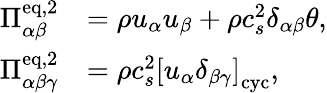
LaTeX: \begin{array}{rl}{\Pi_{\alpha\beta}^{\mathrm{eq,2}}}&{=\rho u_{\alpha}u_{\beta}+\rho c_{s}^{2}\delta_{\alpha\beta}\theta,}\\ {\Pi_{\alpha\beta\gamma}^{\mathrm{eq,2}}}&{=\rho c_{s}^{2}\left[u_{\alpha}\delta_{\beta\gamma}\right]_{\mathrm{cyc}},}\end{array}